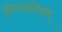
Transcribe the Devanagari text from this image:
कुम्भकोणम्